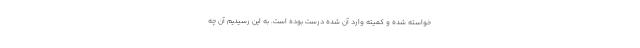
خواسته شده و کمیته وارد آن شده درست بوده است. به این رسیدیم آن چه